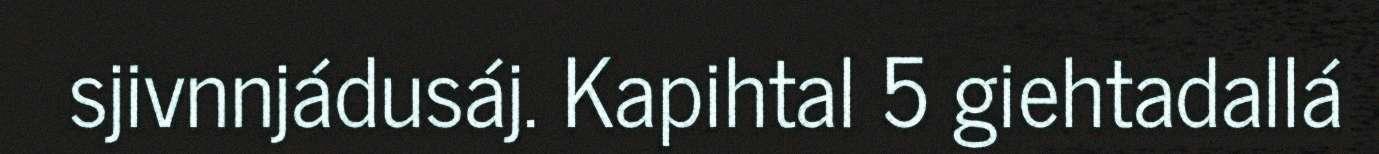
sjivnnjádusáj. Kapihtal 5 giehtadallá